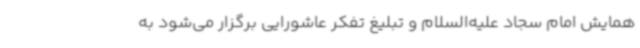
همایش امام سجاد علیه‌السلام و تبلیغ تفکر عاشورایی برگزار می‌شود به